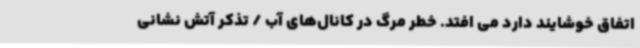
اتفاق خوشایند دارد می افتد. خطر مرگ در کانال‌های آب / تذکر آتش نشانی